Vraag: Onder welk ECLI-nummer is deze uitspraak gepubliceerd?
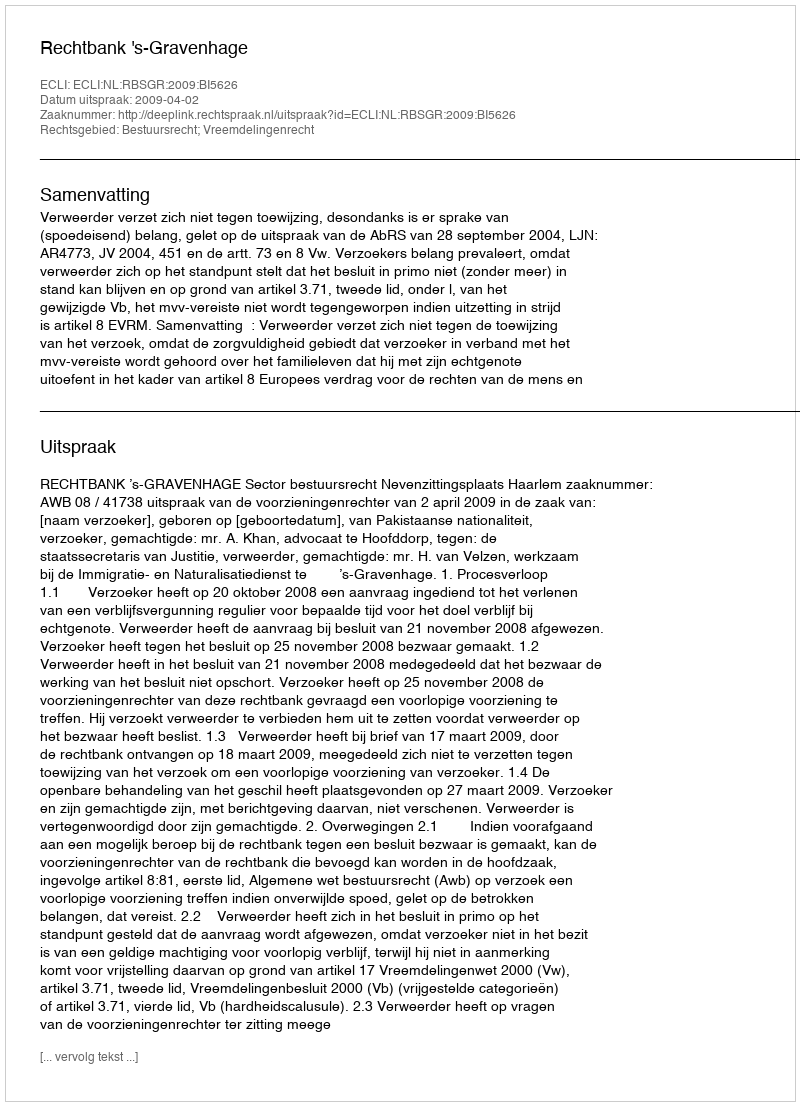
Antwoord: ECLI:NL:RBSGR:2009:BI5626